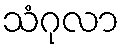
သံဂုလာ